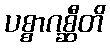
ပစ္စာဂစ္ဆီတိ